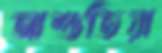
আশুতিয়া